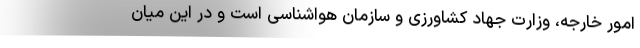
امور خارجه، وزارت جهاد کشاورزی و سازمان هواشناسی است و در این میان